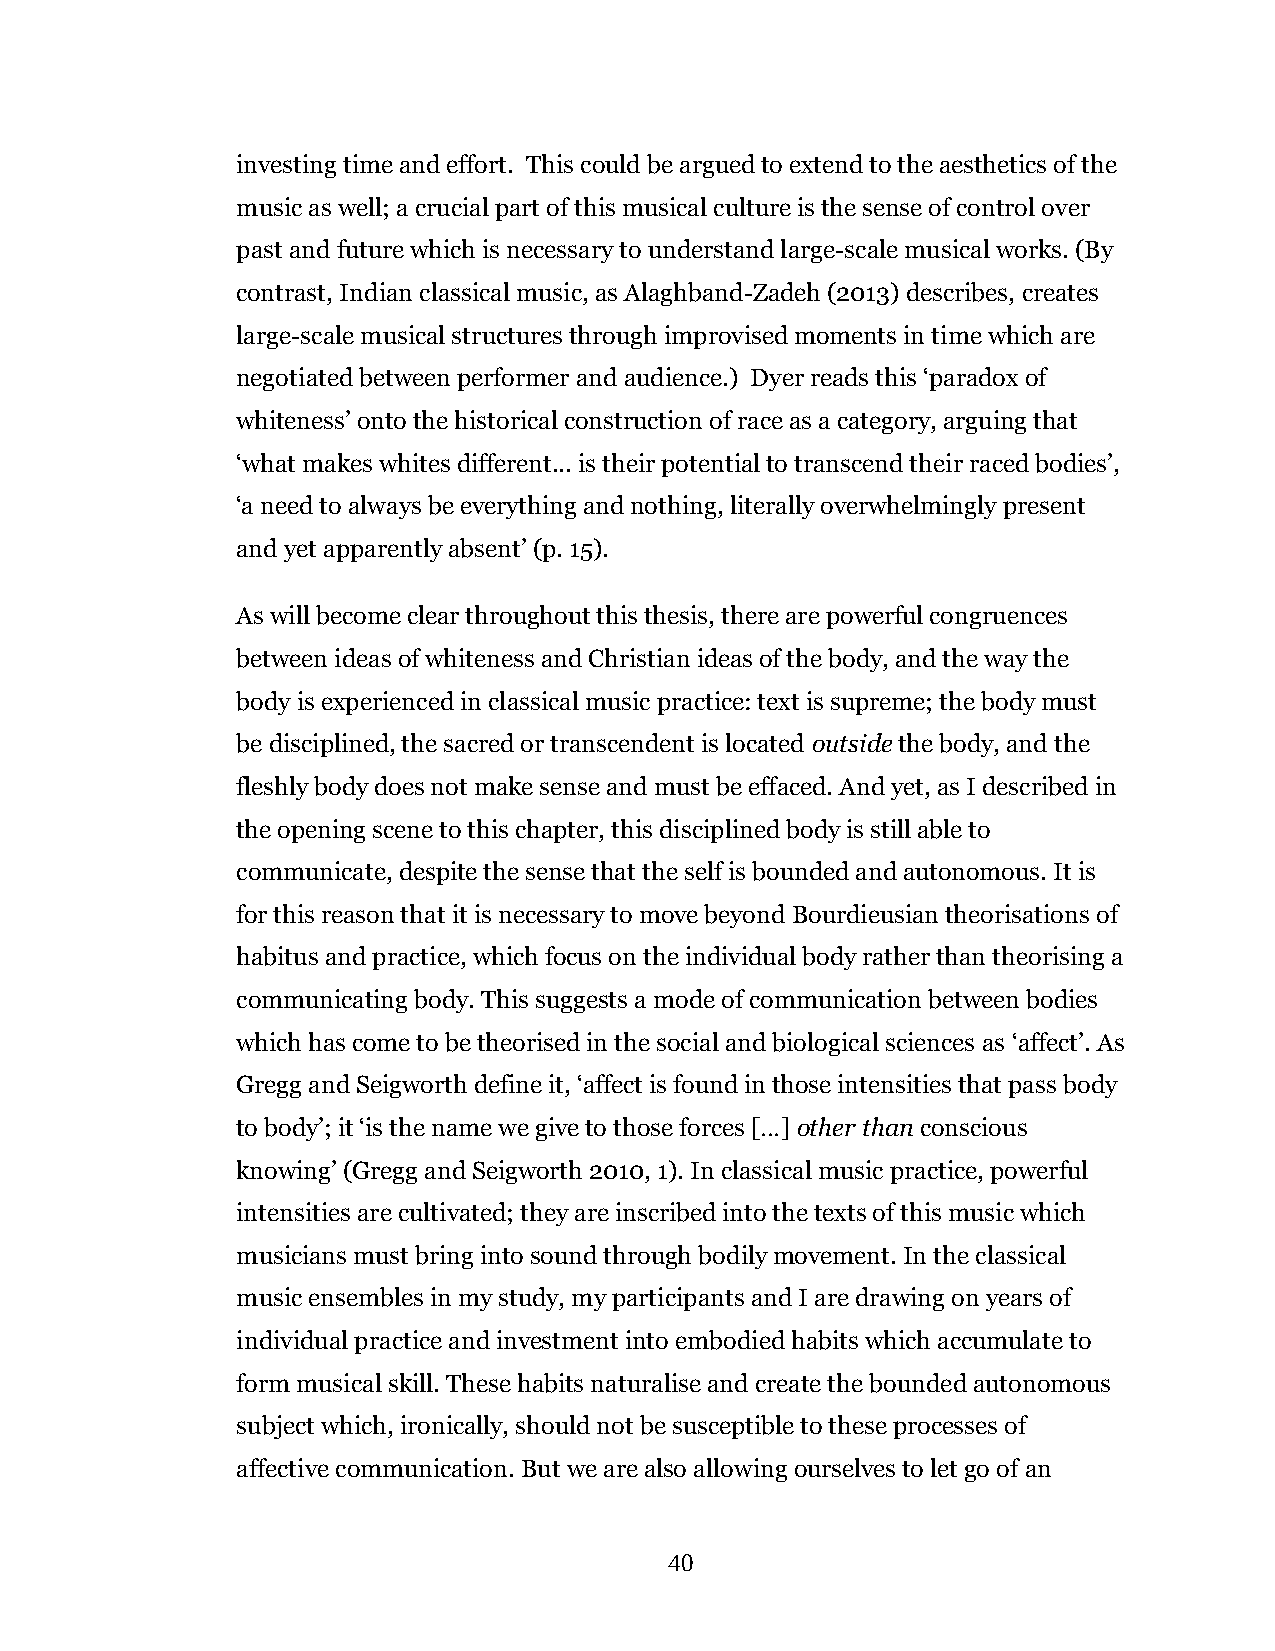
investing time and effort. This could be argued to extend to the aesthetics of the
 music as well; a crucial part of this musical culture is the sense of control over
 past and future which is necessary to understand large-scale musical works. (By
 contrast, Indian classical music, as Alaghband-Zadeh (2013) describes, creates
 large-scale musical structures through improvised moments in time which are
 negotiated between performer and audience.) Dyer reads this ‘paradox of
 whiteness’ onto the historical construction of race as a category, arguing that
 ‘what makes whites different... is their potential to transcend their raced bodies’,
 ‘a need to always be everything and nothing, literally overwhelmingly present
 and yet apparently absent’ (p. 15).
 As will become clear throughout this thesis, there are powerful congruences
 between ideas of whiteness and Christian ideas of the body, and the way the
 body is experienced in classical music practice: text is supreme; the body must
 be disciplined, the sacred or transcendent is located outside the body, and the
 fleshly body does not make sense and must be effaced. And yet, as I described in
 the opening scene to this chapter, this disciplined body is still able to
 communicate, despite the sense that the self is bounded and autonomous. It is
 for this reason that it is necessary to move beyond Bourdieusian theorisations of
 habitus and practice, which focus on the individual body rather than theorising a
 communicating body. This suggests a mode of communication between bodies
 which has come to be theorised in the social and biological sciences as ‘affect’. As
 Gregg and Seigworth define it, ‘affect is found in those intensities that pass body
 to body’; it ‘is the name we give to those forces […] other than conscious
 knowing’ (Gregg and Seigworth 2010, 1). In classical music practice, powerful
 intensities are cultivated; they are inscribed into the texts of this music which
 musicians must bring into sound through bodily movement. In the classical
 music ensembles in my study, my participants and I are drawing on years of
 individual practice and investment into embodied habits which accumulate to
 form musical skill. These habits naturalise and create the bounded autonomous
 subject which, ironically, should not be susceptible to these processes of
 affective communication. But we are also allowing ourselves to let go of an
 40